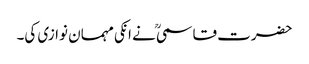
حضرت قاسمیؒ نے انکی مہمان نوازی کی۔